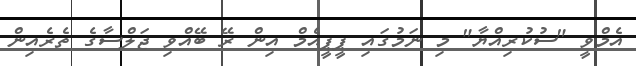
އެމްވީ "ސުކުރިއްޔާ" މި ނަމުގައި ޕީޕީއެމް އިން ރޭ ބޭއްވި ޖަލްސާގެ ތެރެއިން